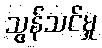
သွန်သင်မှု